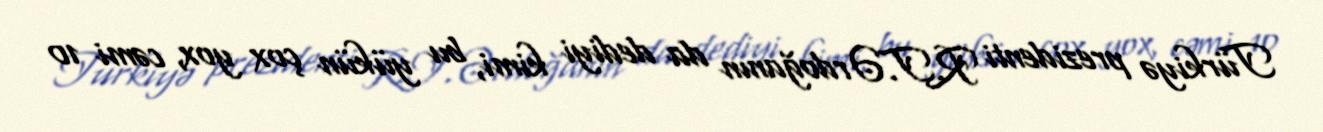
Türkiyə prezidenti R.T.Ərdoğanın da dediyi kimi, bu yükün çox yox, cəmi 10